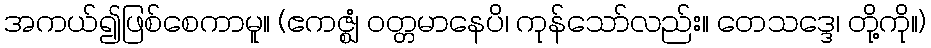
အကယ်၍ဖြစ်စေကာမူ။ (ဧကဇ္ဈံ ဝတ္တမာနေပိ၊ ကုန်သော်လည်း။ တေသဒ္ဒေ၊ တို့ကို။)